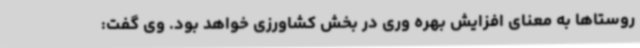
روستاها به معنای افزایش بهره وری در بخش کشاورزی خواهد بود. وی گفت: